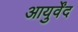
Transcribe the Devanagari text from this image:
आयुर्वेंद